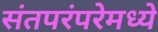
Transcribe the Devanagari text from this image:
संतपरंपरेमध्ये